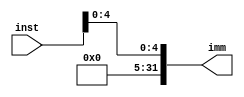
module ImmExtend(
    input wire [31:7] inst,
    output reg [31:0] imm
    );

    always@(*)
    begin
        imm = {{27{1'b0}}, inst[11:7]};
    end
    
endmodule